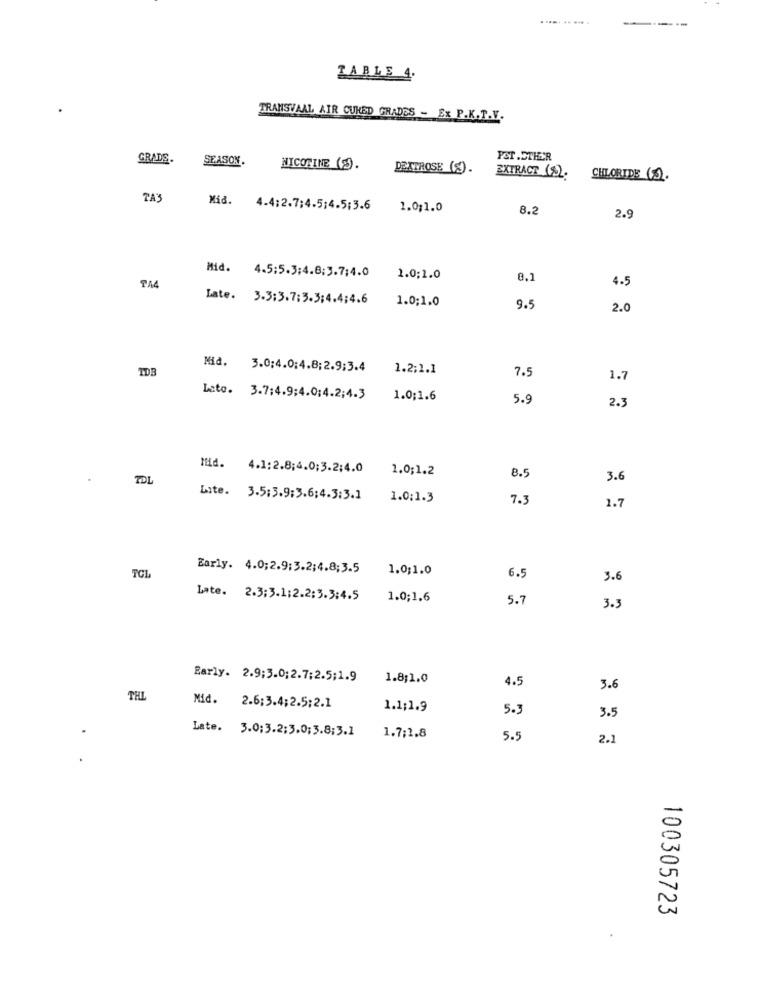
..... .. ... .
-----
TABLE 4.
TRANSVAAL AIR CURED GRADES - Ex P.K.T.V.
GRADS.
SEASON.
PST .ETHER
NICOTINE (3).
DEXTROSE (9).
EXTRACT (8);
CHLORIDE (3).
TA3
Mid. 4.4:2.7;4.5;4.5:3.6
1.0;1.0
8.2
2.9
Mid. 4.5:5.3;4.8:3.7;4.0
1.0:1.0
8.1
4.5
TA4
Late. 3.3:3.7:3.3:4.4;4.6
1.0;1.0
9.5
2.0
TDE
Mid. 3.0;4.0;4.8;2.9;3.4
1.2;1.1
7.5
1.7
Lato. 3.7:4.9;4.0:4.2;4.3
1.0;1.6
5.9
2.3
Mid. 4.1:2.8;4.0;3.2;4.0
1.0;1.2
TDL
8.5
3.6
Lite. 3.5:3.9:3.6;4.3:3.1
1.0:1.3
7.3
1.7
Early. 4.0;2.9:3.2:4.8;3.5
1.0;1.0
TCL
6.5
3.6
Late. 2.3:3.1:2.2:3.3:4.5
1.0;1.6
5.7
3.3
Early. 2.9;3.0;2.7;2.5;1.9
1.8;1.0
4.5
3.6
THL
Mid.
2.6:3.4;2.5;2.1
1.1;1.9
5.3
3.5
Late. 3.0;3.2:3.0; 3.8;3.1
1.7:1.8
5.5
2.1
.
100305723
.